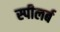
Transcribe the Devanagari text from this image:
स्पीलर्ब